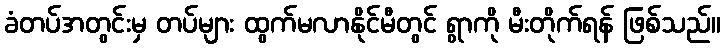
ခံတပ်အတွင်းမှ တပ်များ ထွက်မလာနိုင်မီတွင် ရွာကို မီးတိုက်ရန် ဖြစ်သည်။